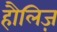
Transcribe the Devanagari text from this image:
हौलिज़